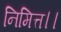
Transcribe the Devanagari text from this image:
निमित्त।।